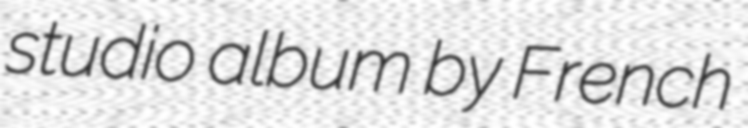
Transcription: studio album by French